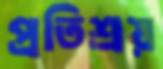
প্রতিশ্রয়